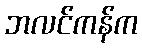
ဘလင်ကန်က